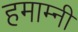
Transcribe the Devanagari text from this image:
हमाम्नी